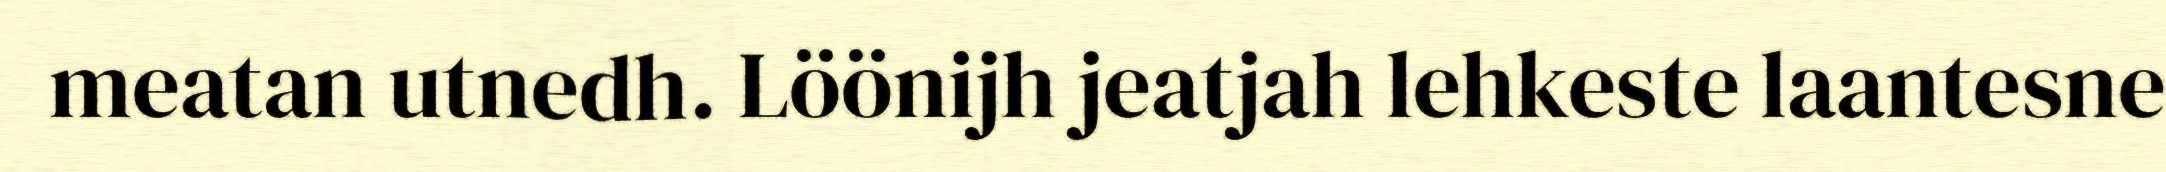
meatan utnedh. Löönijh jeatjah lehkeste laantesne